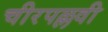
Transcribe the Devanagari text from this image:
चीरपल्लवी